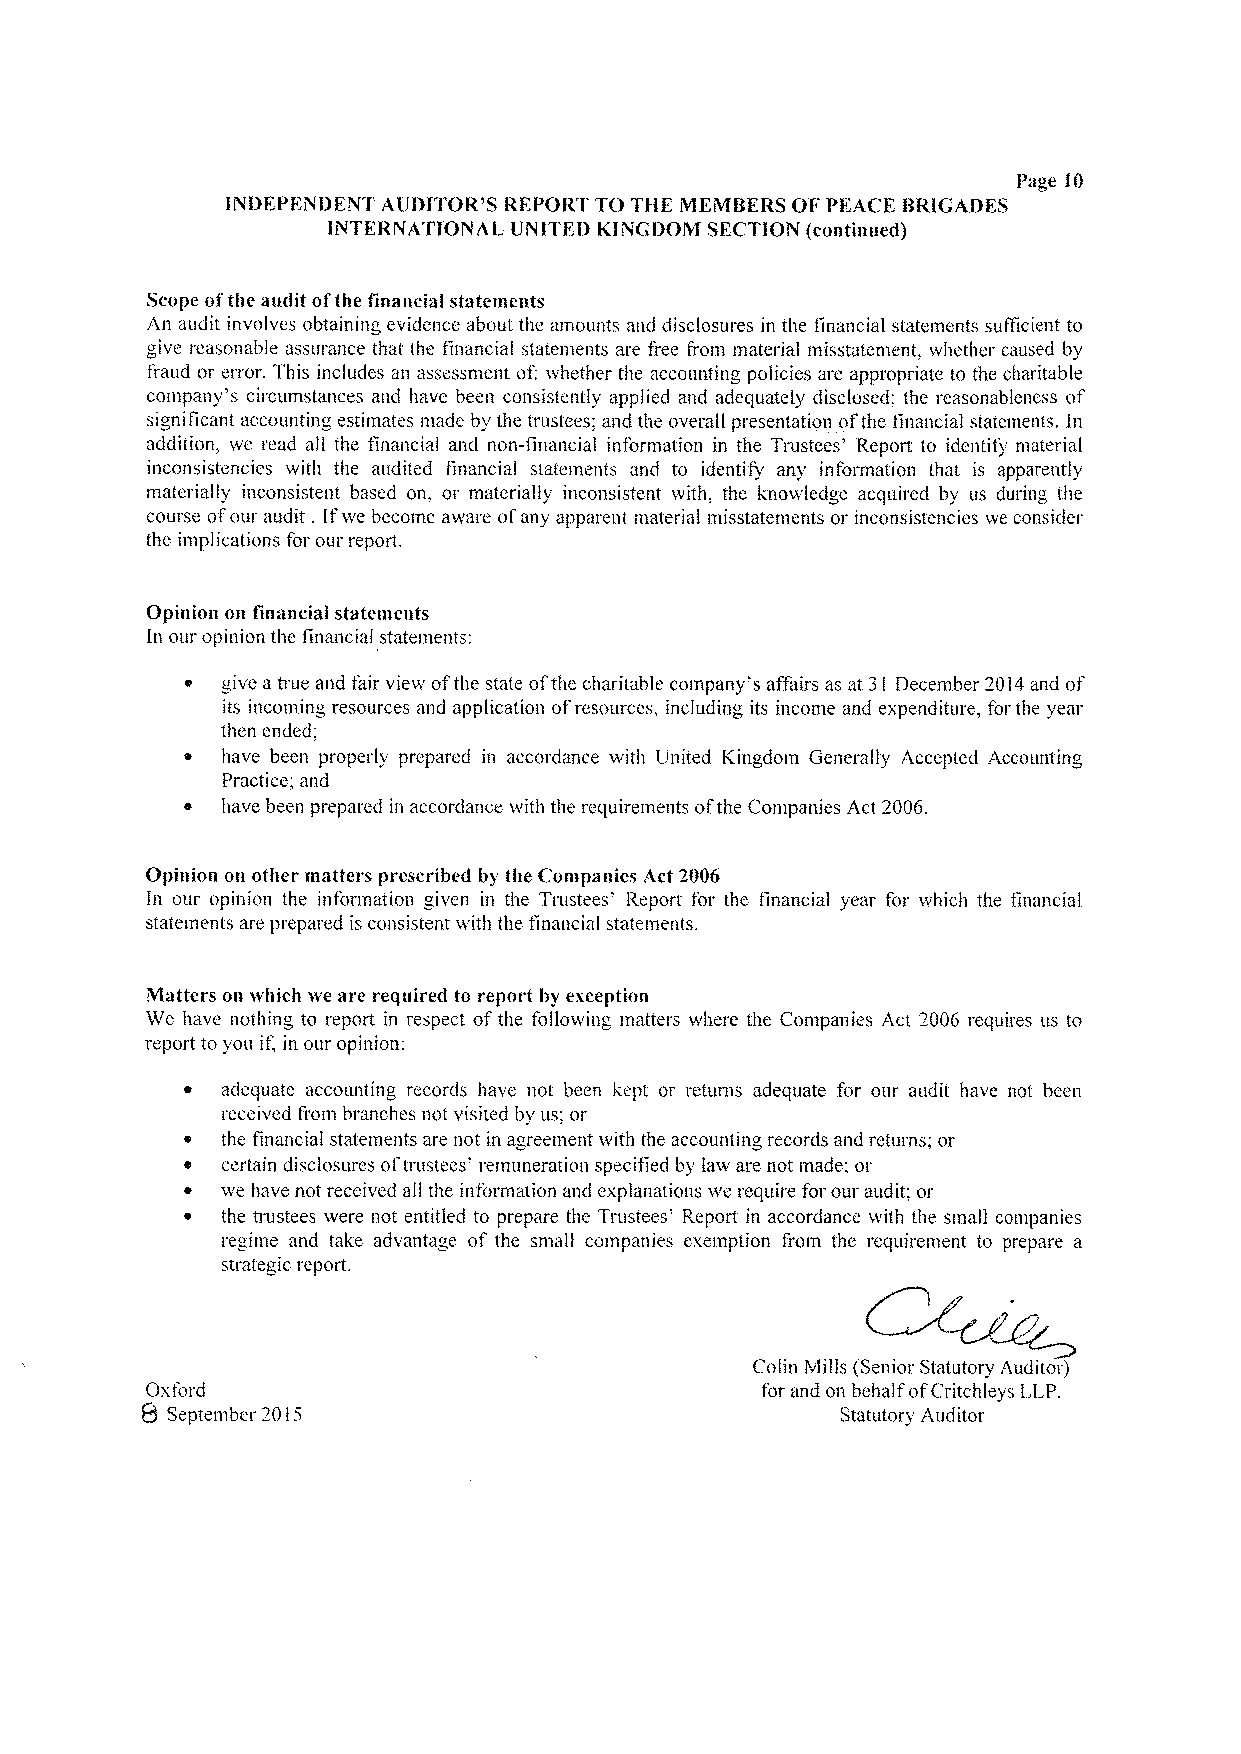
Page 10
 INDFPENDENT AUDITOR'S REPORT TO THE MEMBERS OF PFACE BRIGADES
 INTERNATIONAL UNITED KINGDOM SECTION (continued)
 Scope ofthe audit ofthe financial statements
 An audit involves obtaining evidence about the amounts iuid disclosures in the financial statements suAicient to
 give reasonable assurance that the financial statements are free from material misstatement, whether caused by
 fiaud or error, 1his includes an assessment of: whether the accounting policies are appropriate to the charitable
 company's circumstances and have been consistently applied and adequately disclosed; the reasonableness of
 significant accounting estimates made by the trustees: and the overall presentation ofthe financial statements. In
 addition, we read all the financial and non-financial information in the Trustees' Report to identify material
 inconsistencies with the audited financial statements and to identify any information that is apparently
 materially inconsistent based on. or materially inconsistent with, the knowledge acquired by us during the
 course ol our audit . Ifwe become av are ofany apparent material misstatements or inconsistencies we consider
 the implications for our report.
 Opinion on financial statements
 In our opinion the financial statements:
 give a true and fair view ofthe state ofthe charitable company's affairs as at 3 December 2014and of
 I
 its incoming resources and application ofresources, including its mcome and expenditure, for the year
 then ended:
 have been properly prepared in accordance with United lCingdom Generally Accepted Accounting
 Practice; and
 have been prepared in accordance with the requirements ofthe Companies Act 2006.
 Opinion on other matters prescribed by the Companies Act 2006
 In our opinion the information given in the Trustees' Report for the tmancial year for which the financial
 statements are prepared is consistent with the financial statements.
 Matters on which we are required to report by exception
 We have nothing to report in respect ofthe following matters where the Companies Act 2006 requires us to
 report to you if, in our opinion:
 adequate accounting records have not been kept or returns adequate for our audit have not been
 received fiom branches not visited by us, or
 the financial statements are not in agreement with the accounting records and returns; or
 certain disclosures oftrustees' remuneration specified by law are not made; or
 ~  vve have not received all the information and explanations we require for our audit: or
 ~  the trustees were not entitled to prepare the Trustees' Report in accordance with the small companies
 regime and take advantage of the small companies exemption from the requirement to prepare a
 strategic report.
 Colin Mills (Senior Statutory Auditor)
 Oxford                                  for and on behalf ofCritchleys LLP,
 Q September 20 I5                              Statutory Auditor